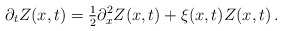
\begin{align*}\partial_t Z(x,t) = \tfrac{1}{2} \partial_x^2Z(x,t) + \xi(x,t)Z(x,t)\,.\end{align*}